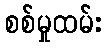
စစ်မှုထမ်း